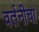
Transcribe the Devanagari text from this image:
वर्तनीचा